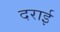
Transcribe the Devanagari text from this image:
दराई